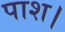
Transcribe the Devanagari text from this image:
पाश।